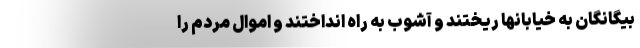
بيگانگان به خيابانها ريختند و آشوب به راه انداختند و اموال مردم را